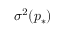
\sigma ^ { 2 } ( \boldsymbol { p } _ { \ast } )